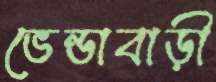
ভেন্ডাবাড়ী